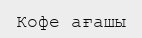
Кофе ағашы